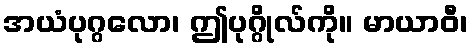
အယံပုဂ္ဂလော၊ ဤပုဂ္ဂိုလ်ကို။ မာယာဝီ၊